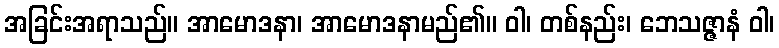
အခြင်းအရာသည်။ အာမောဒနာ၊ အာမောဒနာမည်၏။ ဝါ၊ တစ်နည်း၊ ဘေသဇ္ဇာနံ ဝါ၊